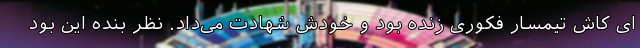
ای کاش تیمسار فکوری زنده بود و خودش شهادت می‌داد. نظر بنده این بود